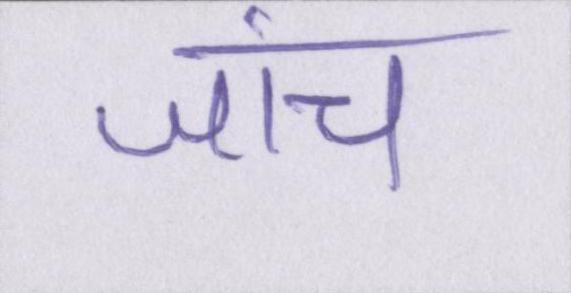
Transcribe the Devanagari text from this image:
जांच